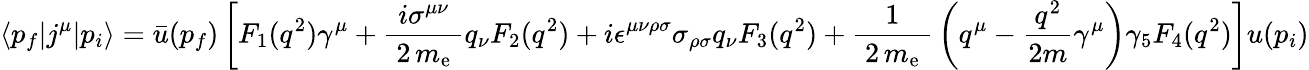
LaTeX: \langle p_{f}|j^{\mu}|p_{i}\rangle={\bar{u}}(p_{f})\left[F_{1}(q^{2})\gamma^{\mu}+{\frac{~i\sigma^{\mu\nu}~}{~2\, m_{\mathrm{e}}~}}q_{\nu}F_{2}(q^{2})+i\epsilon^{\mu\nu\rho\sigma}\sigma_{\rho\sigma}q_{\nu}F_{3}(q^{2})+{\frac{1}{~2\, m_{\mathrm{e}}~}}\left(q^{\mu}-{\frac{q^{2}}{2m}}\gamma^{\mu}\right)\gamma_{5}F_{4}(q^{2})\right]u(p_{i})